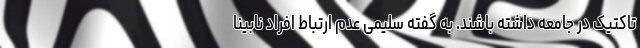
تاکتیک در جامعه داشته باشند. به گفته سلیمی عدم ارتباط افراد نابینا